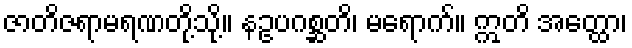
ဇာတိဇရာမရဏတို့သို့။ နဥပဂစ္ဆတိ၊ မရောက်။ ဣတိ အတ္ထော၊